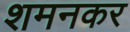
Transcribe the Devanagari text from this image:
शमनकर